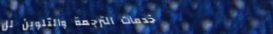
خدمات الترجمة والتلوين لل